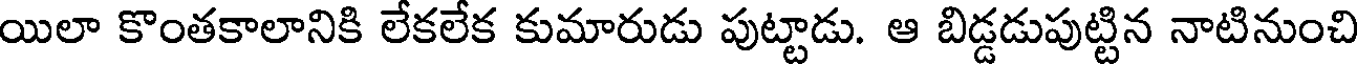
యిలా కొంతకాలానికి లేకలేక కుమారుడు పుట్టాడు. ఆ బిడ్డడుపుట్టిన నాటినుంచి